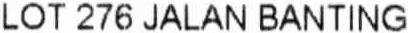
LOT 276 JALAN BANTING